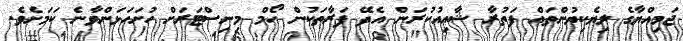
ޖަމިއްޔާގެ ލިޔެކިޔުންތައް ފަތުރާ ޝާއިއުކުރަން އެދޭ ފަރާތަކުން ހޯމް މިނިސްޓަރަށް ހުށަހަޅަންވާނެ ކަމަށެވެ.